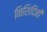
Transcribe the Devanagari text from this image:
निशिदिनी